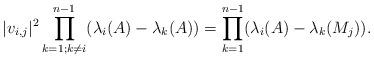
LaTeX: \begin{align*}\lvert v_{i,j} \rvert^2\prod _{k=1;k\ne i}^{n-1}({\lambda_i}(A)-{\lambda_k}(A))=\prod _{k=1}^{n-1}({\lambda_i}(A)-{\lambda_k}(M_j)).\end{align*}